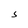
Character: S